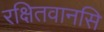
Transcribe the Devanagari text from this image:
रक्षितवानसि